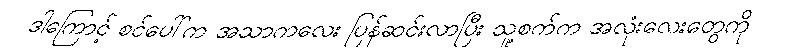
ဒါကြောင့် စင်ပေါ်က အသာကလေး ပြန်ဆင်းလာပြီး သူ့စက်က အလုံးလေးတွေကို